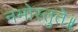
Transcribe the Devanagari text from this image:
नमोस्तुते॥